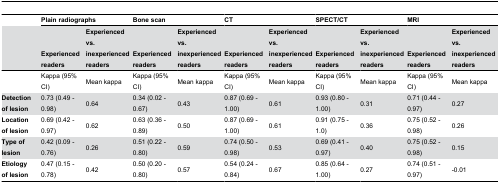
<table><thead><tr><td></td><td colspan="2"><b>Plain radiographs</b></td><td colspan="2"><b>Bone scan</b></td><td colspan="2"><b>CT</b></td><td colspan="2"><b>SPECT/CT</b></td><td colspan="2"><b>MRI</b></td></tr><tr><td></td><td><b>Experienced readers</b></td><td><b>Experienced vs. inexperienced readers</b></td><td><b>Experienced readers</b></td><td><b>Experienced vs. inexperienced readers</b></td><td><b>Experienced readers</b></td><td><b>Experienced vs. inexperienced readers</b></td><td><b>Experienced readers</b></td><td><b>Experienced vs. inexperienced readers</b></td><td><b>Experienced readers</b></td><td><b>Experienced vs. inexperienced readers</b></td></tr></thead><tbody><tr><td></td><td>Kappa (95% CI)</td><td>Mean kappa</td><td>Kappa (95% CI)</td><td>Mean kappa</td><td>Kappa (95% CI)</td><td>Mean kappa</td><td>Kappa (95% CI)</td><td>Mean kappa</td><td>Kappa (95% CI)</td><td>Mean kappa</td></tr><tr><td><b>Detection of lesion</b></td><td>0.73 (0.49 - 0.98)</td><td>0.64 </td><td>0.34 (0.02 - 0.67)</td><td>0.43 </td><td>0.87 (0.69 - 1.00)</td><td>0.61 </td><td>0.93 (0.80 - 1.00)</td><td>0.31 </td><td>0.71 (0.44 - 0.97)</td><td>0.27 </td></tr><tr><td><b>Location of lesion</b></td><td>0.69 (0.42 - 0.97)</td><td>0.62 </td><td>0.63 (0.36 - 0.89)</td><td>0.50 </td><td>0.87 (0.69 - 1.00)</td><td>0.61 </td><td>0.91 (0.75 - 1.0)</td><td>0.36 </td><td>0.75 (0.52 - 0.98)</td><td>0.26 </td></tr><tr><td><b>Type of lesion</b></td><td>0.42 (0.09 - 0.76)</td><td>0.26 </td><td>0.51 (0.22 - 0.80)</td><td>0.59 </td><td>0.74 (0.50 - 0.98)</td><td>0.53 </td><td>0.69 (0.41 - 0.97)</td><td>0.40 </td><td>0.75 (0.52 - 0.98)</td><td>0.15 </td></tr><tr><td><b>Etiology of lesion</b></td><td>0.47 (0.15 - 0.78)</td><td>0.42 </td><td>0.50 (0.20 - 0.80)</td><td>0.57 </td><td>0.54 (0.24 - 0.84)</td><td>0.67 </td><td>0.85 (0.64 - 1.00)</td><td>0.27 </td><td>0.74 (0.51 - 0.97)</td><td>-0.01 </td></tr></tbody></table>